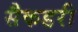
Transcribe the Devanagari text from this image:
सैकडरी